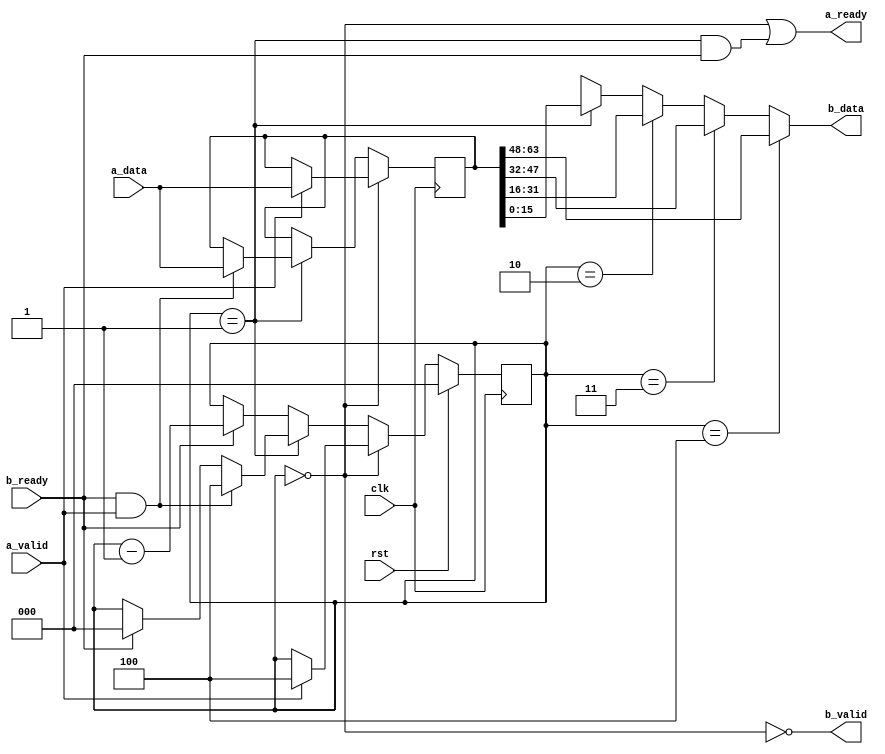
`timescale 1ns / 1ps
`default_nettype none
//
// RISu64
// Copyright 2022 Wenting Zhang
//
// Permission is hereby granted, free of charge, to any person obtaining a copy
// of this software and associated documentation files (the "Software"), to deal
// in the Software without restriction, including without limitation the rights
// to use, copy, modify, merge, publish, distribute, sublicense, and/or sell
// copies of the Software, and to permit persons to whom the Software is
// furnished to do so, subject to the following conditions:
//
// The above copyright notice and this permission notice shall be included in
// all copies or substantial portions of the Software.
//
// THE SOFTWARE IS PROVIDED "AS IS", WITHOUT WARRANTY OF ANY KIND, EXPRESS OR
// IMPLIED, INCLUDING BUT NOT LIMITED TO THE WARRANTIES OF MERCHANTABILITY,
// FITNESS FOR A PARTICULAR PURPOSE AND NONINFRINGEMENT. IN NO EVENT SHALL THE
// AUTHORS OR COPYRIGHT HOLDERS BE LIABLE FOR ANY CLAIM, DAMAGES OR OTHER
// LIABILITY, WHETHER IN AN ACTION OF CONTRACT, TORT OR OTHERWISE, ARISING FROM,
// OUT OF OR IN CONNECTION WITH THE SOFTWARE OR THE USE OR OTHER DEALINGS IN THE
// SOFTWARE.
//
module fifo_1d_64to16(
    input  wire         clk,
    input  wire         rst,
    // Incoming port
    input  wire [63:0]  a_data,
    input  wire         a_valid,
    output wire         a_ready,
    // Outgoing port
    output wire [15:0]  b_data,
    output wire         b_valid,
    input  wire         b_ready
);
    // Transfer higher order byte to lower order
    reg [63:0] fifo;
    reg [2:0] fifo_level;
    wire fifo_almost_empty = (fifo_level == 1);
    wire fifo_empty = (fifo_level == 0);

    always @(posedge clk) begin
        if (fifo_empty) begin
            // Output invalid, if with valid input, fill input
            if (a_valid) begin
                fifo <= a_data;
                fifo_level <= 4;
            end
        end
        else if (fifo_almost_empty) begin
            // Almost empty, output valid, input ready only if output is ready
            if (b_ready && a_valid) begin
                fifo <= a_data;
                fifo_level <= 4;
            end
            else if (b_ready) begin
                fifo_level <= 0;
            end
        end
        else begin
            // Output valid, input not ready, if with valid output, shift
            if (b_ready) begin
                fifo_level <= fifo_level - 1;
            end
        end

        if (rst) begin
            fifo_level <= 0;
        end
    end

    // RX data if fifo is empty
    assign a_ready = fifo_empty || (fifo_almost_empty && b_ready);
    assign b_valid = !fifo_empty;
    assign b_data =
            (fifo_level == 4) ? fifo[63:48] :
            (fifo_level == 3) ? fifo[47:32] :
            (fifo_level == 2) ? fifo[31:16] :
            (fifo_level == 1) ? fifo[15:0] : 16'bx;

endmodule